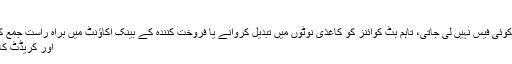
انتہائی کم فیس
بِٹ کوائن سے کی جانے والی ادائیگیوں پر کوئی فیس نہیں لی جاتی، تاہم بِٹ کوائنز کو کاغذی نوٹوں میں تبدیل کروانے یا فروخت کنندہ کے بینک اکاؤنٹ میں براہ راست جمع کرانے پر معمولی فیس لی جاتی ہے، جو کہ
اور کریڈٹ کارڈ نیٹ ورکس کی نسبت بہت کم ہوتی ہے۔